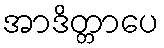
အာဒိတ္တာပေ